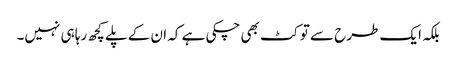
بلکہ ایک طرح سے تو کٹ بھی چکی ہے کہ ان کے پلے کچھ رہا ہی نہیں۔